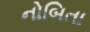
નોબિતા